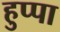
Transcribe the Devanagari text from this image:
हुप्पा